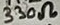
Text: 330Ω